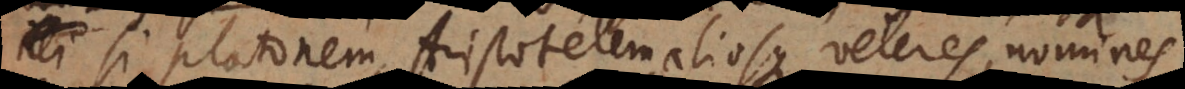
si Platonem, Aristotelem, aliosque veteres, nomines